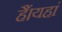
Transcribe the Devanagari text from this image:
हैं।यहां